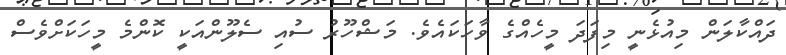
ދައްކާލަން މިއުޅެނީ މިފަދަ މީހެއްގެ ވާހަކައެވެ. މަޝްހޫރު ސުއި ސެލޫންއަކީ ކޮންމެ މީހަކަށްވެސް